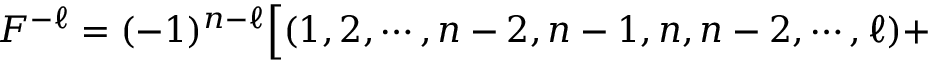
F ^ { - \ell } = ( - 1 ) ^ { n - \ell } \Bigl [ ( 1 , 2 , \cdots , n - 2 , n - 1 , n , n - 2 , \cdots , \ell ) +